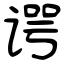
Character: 谔